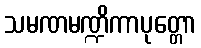
သမဏမဏ္ဍိကာပုတ္တော